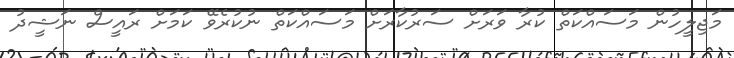
މަޖިލީހުން މަސައްކަތް ކުރާ ވަރަށް ސަރުކާރަށް މަސައްކަތް ނުކުރެވޭ ކަމަށް ރައީސް ނަޝީދު